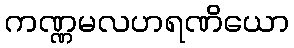
ကဏ္ဏမလဟရဏိယော